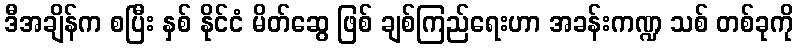
ဒီအချိန်က စပြီး နှစ် နိုင်ငံ မိတ်ဆွေ ဖြစ် ချစ်ကြည်ရေးဟာ အခန်းကဏ္ဍ သစ် တစ်ခုကို